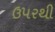
ઉ૫રથી